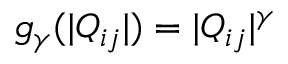
g _ { \gamma } ( | Q _ { i j } | ) = | Q _ { i j } | ^ { \gamma }